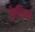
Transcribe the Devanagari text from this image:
केरिगन